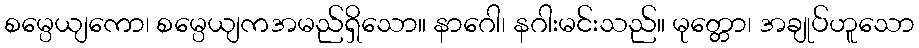
စမ္ပေယျကော၊ စမ္ပေယျကအမည်ရှိသော။ နာဂေါ၊ နဂါးမင်းသည်။ မုတ္တော၊ အချုပ်ဟူသော